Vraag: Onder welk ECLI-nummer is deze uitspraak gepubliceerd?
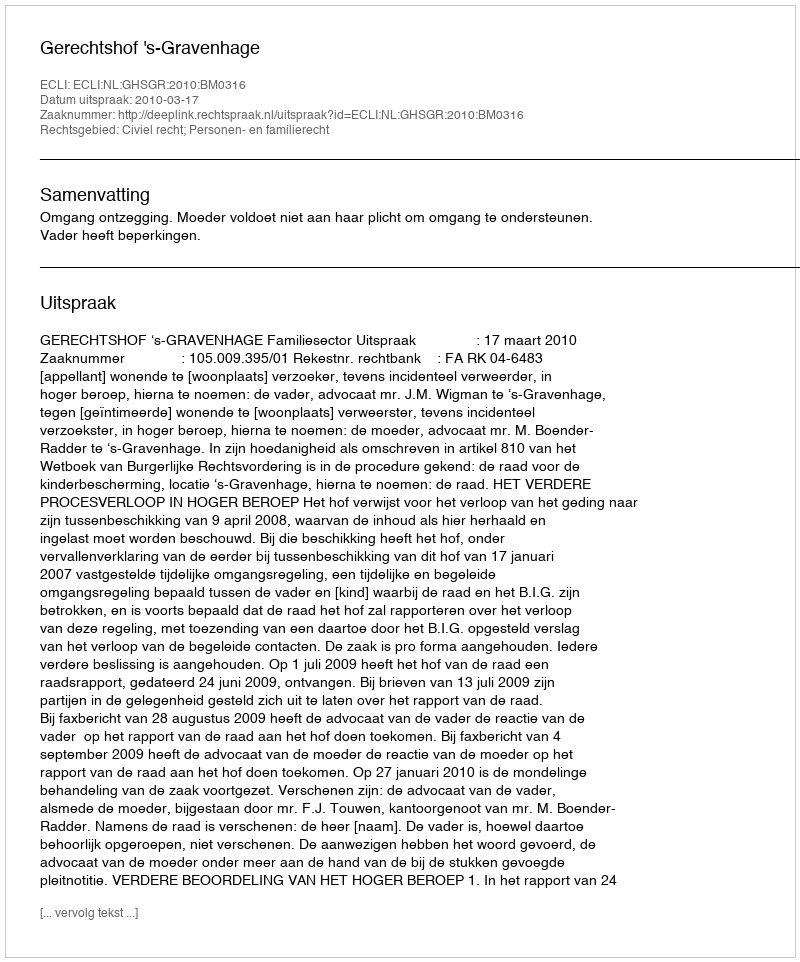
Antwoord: ECLI:NL:GHSGR:2010:BM0316